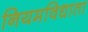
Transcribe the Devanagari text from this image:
नियमविधाता